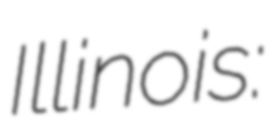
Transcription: Illinois: